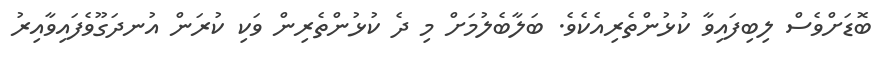
ބޮޑަށްވެސް ލިބިފައިވާ ކުޅުންތެރިއެކެވެ. ބަލާބެލުމަށް މި ދެ ކުޅުންތެރިން ވަކި ކުރަން އުނދަގޫވެފައިވާއިރު